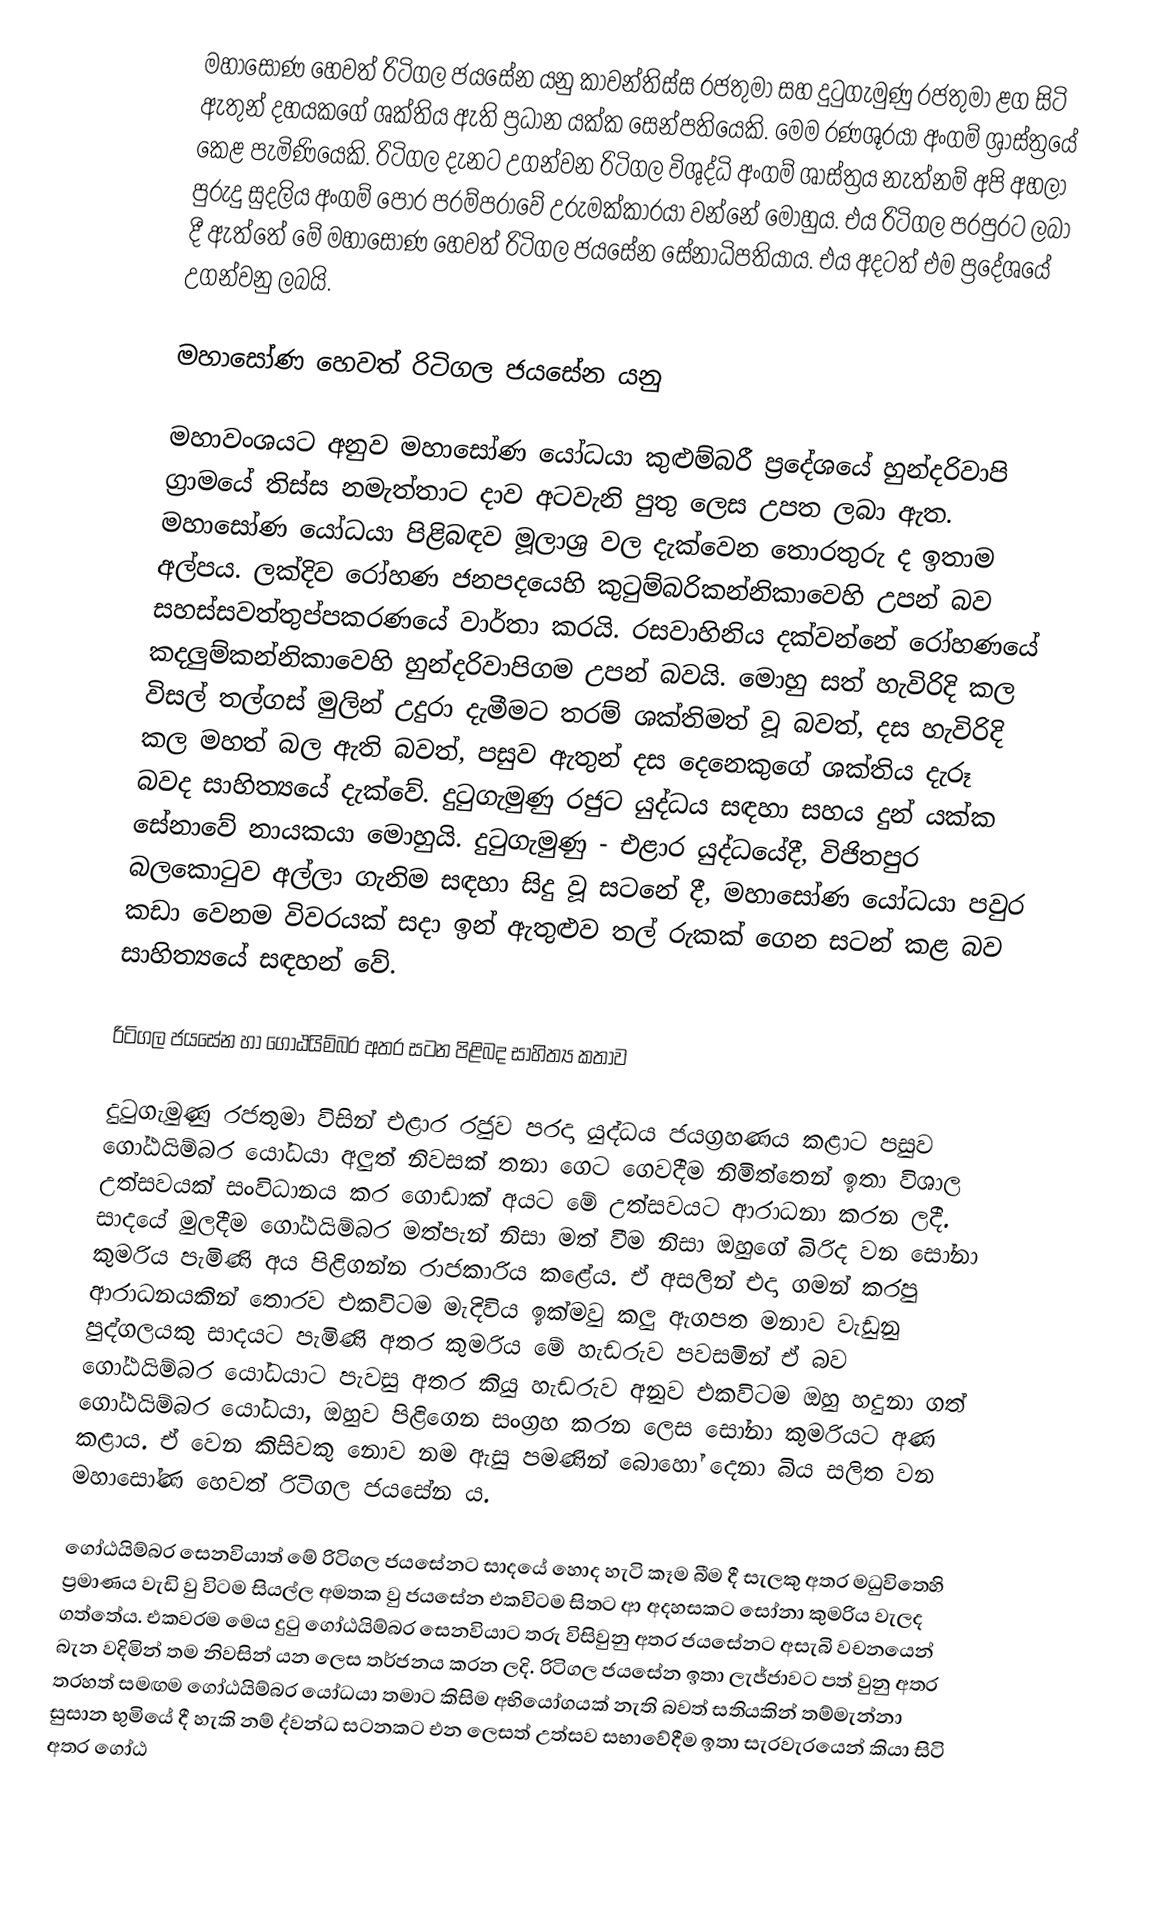
මහාසෝණ හෙවත් රිටිගල ජයසේන යනු කාවන්තිස්ස රජතුමා සහ දුටුගැමුණු රජතුමා ළග සිටි ඇතුන් දහයකගේ ශක්තිය ඇති ප්‍රධාන යක්ක සෙන්පතියෙකි. මෙම රණශූරයා අංගම් ශ්‍රාස්ත්‍රයේ කෙළ පැමිණියෙකි. රිටිගල දැනට උගන්වන රිටිගල විශුද්ධි අංගම් ශාස්ත්‍රය නැත්නම් අපි අහලා පුරුදු සුදලිය අංගම් පොර පරම්පරාවේ උරුමක්කාරයා වන්නේ මොහුය. එය රිටිගල පරපුරට ලබා දී ඇත්තේ මේ මහාසෝණ හෙවත් රිටිගල ජයසේන සේනාධිපතියාය. එය අදටත් එම ප්‍රදේශයේ උගන්වනු ලබයි.

මහාසෝණ හෙවත් රිටිගල ජයසේන යනු

මහාවංශයට අනුව මහාසෝණ යෝධයා කුළුම්බරී ප්‍රදේශයේ හුන්දරිවාපි ග්‍රාමයේ තිස්ස නමැත්තාට දාව අටවැනි පුතු ලෙස උපත ලබා ඇත. මහාසෝණ යෝධයා පිළිබඳව මූලාශ්‍ර වල දැක්වෙන තොරතුරු ද ඉතාම අල්පය. ලක්දිව රෝහණ ජනපදයෙහි කුටුම්බරිකන්නිකාවෙහි උපන් බව සහස්සවත්තුප්පකරණයේ වාර්තා කරයි. රසවාහිනිය දක්වන්නේ රෝහණයේ කදලුම්කන්නිකාවෙහි හුන්දරිවාපිගම උපන් බවයි. මොහු සත් හැවිරිදි කල විසල් තල්ගස් මුලින් උදුරා දැමීමට තරම් ශක්තිමත් වූ බවත්, දස හැවිරිදි කල මහත් බල ඇති බවත්, පසුව ඇතුන් දස දෙනෙකුගේ ශක්තිය දැරූ බවද සාහිත්‍යයේ දැක්වේ. දුටුගැමුණු රජුට යුද්ධය සඳහා සහය දුන් යක්ක සේනාවේ නායකයා මොහුයි. දුටුගැමුණු - එළාර යුද්ධයේදී, විජිතපුර බලකොටුව අල්ලා ගැනිම සඳහා සිදු වූ සටනේ දී, මහාසෝණ යෝධයා පවුර කඩා වෙනම විවරයක් සදා ඉන් ඇතුළුව තල් රුකක් ගෙන සටන් කළ බව සාහිත්‍යයේ සඳහන් වේ.

රිටිගල ජයසේන හා ගෝඨයිම්බර අතර සටන පිළිබද සාහිත්‍ය කතාව

දුටුගැමුණු රජතුමා විසින් එළාර රජුව පරදා යුද්ධය ජයග්‍රහණය කළාට පසුව ගෝඨයිම්බර යෝධයා අලුත් නිවසක් තනා ගෙට ගෙවදීම නිමිත්තෙන් ඉතා විශාල උත්සව‍යක් සංවිධානය කර ගොඩාක් අයට මේ උත්සවයට ආරාධනා කරන ලදී. සාදයේ මුලදීම ගෝඨයිම්බර මත්පැන් නිසා මත් වීම නිසා ඔහුගේ බිරිද වන සෝනා කුමරිය පැමිණි අය පිළිගන්න රාජකාරිය කළේය. ඒ අසලින් එදා ගමන් කරපු ආරාධනයකින් තොරව එකවිටම මැදිවිය ඉක්මවු කලු ඇගපත මනාව වැඩුනු පුද්ගලයකු සාදය‍ට පැමිණි අතර කුමරිය මේ හැඩරුව පවසමින් ඒ බව ගෝඨයිම්බර යෝධයාට පැවසු අතර කියු හැඩරුව අනුව එකවිටම ඔහු හදුනා ගත් ගෝඨයිම්බර යෝධයා, ඔහුව පිළිගෙන සංග්‍රහ කරන ලෙස සෝනා කුමරියට අණ කළාය. ඒ වෙන කිසිවකු ‍නොව නම ඇසු පමණින් බොහෝ දෙනා බිය සලිත වන මහාසෝණ හෙවත් රිටිගල ජයසේන ය.

ගෝඨයිම්බර ‍සෙනවියාත් මේ රිටිගල ජයසේනට සාදයේ හොද හැටි කෑම බීම දී සැලකු අතර මධුවිතෙහි ප්‍රමාණය වැඩි වු විටම සියල්ල අමතක වු ජයසේන එකවිටම සිතට ආ අදහසකට සෝනා කුමරිය වැලද ගත්තේය. එකවරම මෙය දුටු ‍ගෝඨයිම්බර සෙනවියාට තරු විසිවුනු අතර ජයසේනට අසැබි වචනයෙන් බැන වදිමින් තම නිවසින් යන ලෙස තර්ජනය කරන ලදි. රිටිගල ජයසේන ඉතා ලැජ්ජාවට පත් වුනු අතර තරහත් සමඟම ගෝඨයිම්බර යෝධයා තමාට කිසිම අභියෝගයක් නැති බවත් සතියකින් තම්මැන්නා සුසාන භුමියේ දී හැකි නම් ද්වන්ධ සටනකට එන ලෙසත් උත්සව සභාවේදීම ඉතා සැරවැරයෙන් කියා සිටි අතර ‍ගෝඨ